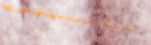
UNDER NEW MGMT